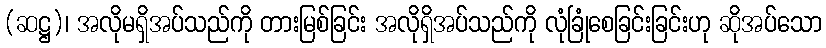
(ဆဋ္ဌ)၊ အလိုမရှိအပ်သည်ကို တားမြစ်ခြင်း အလိုရှိအပ်သည်ကို လုံခြုံစေခြင်းခြင်းဟု ဆိုအပ်သော